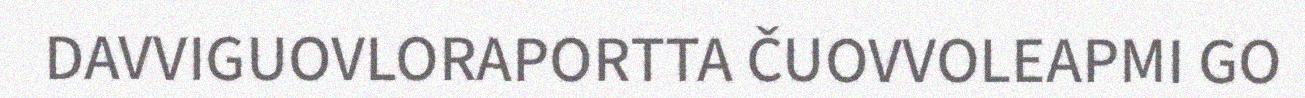
DAVVIGUOVLORAPORTTA ČUOVVOLEAPMI GO